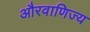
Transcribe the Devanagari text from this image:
औरवाणिज्य